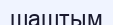
шаштым